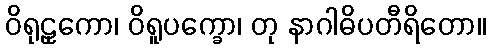
ဝိရုဠှကော၊ ဝိရူပက္ခော၊ တု နာဂါဓိပတီရိတော။